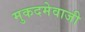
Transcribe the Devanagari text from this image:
मुकदमेवाजी